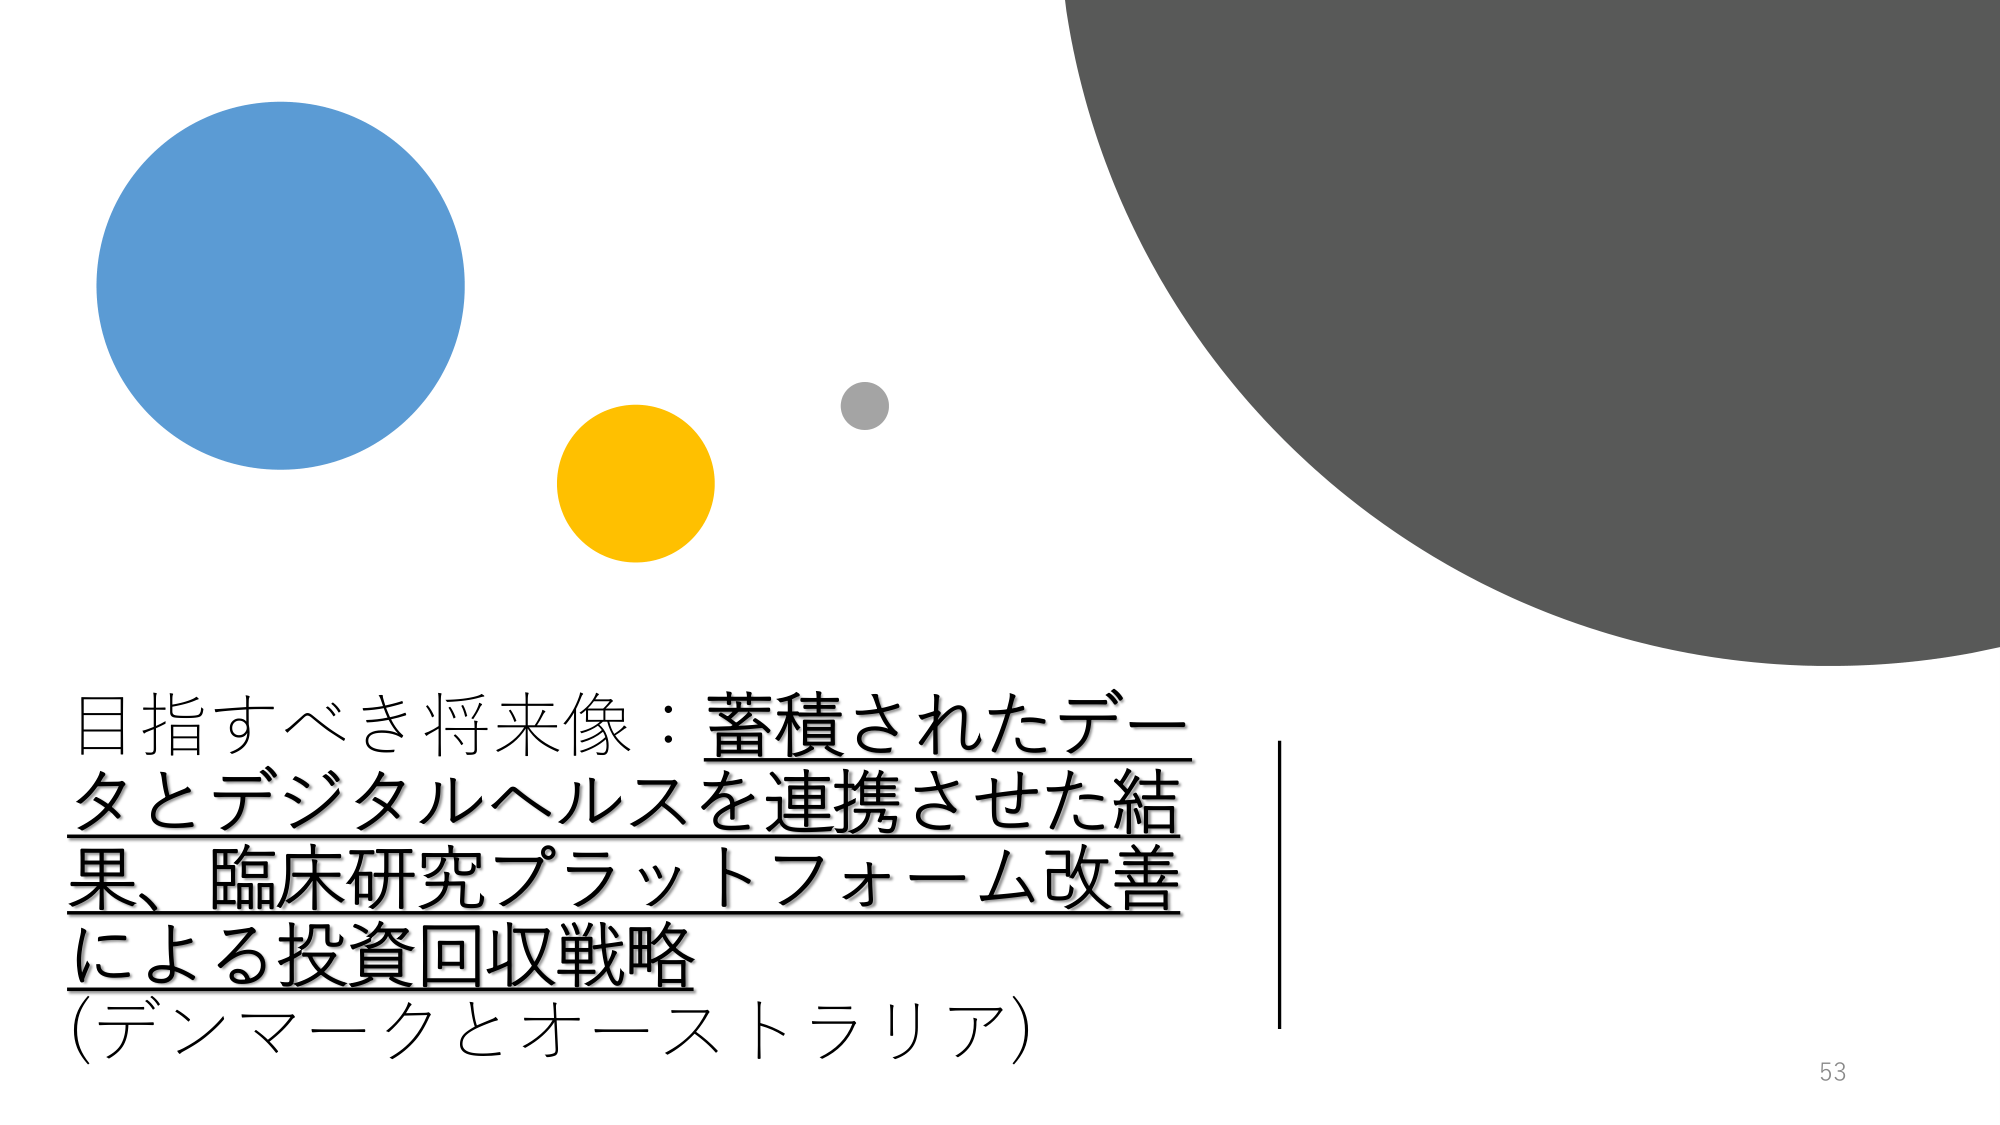
目指すべき将来像：蓄積されたデータとデジタルヘルスを連携させた結果、臨床研究プラットフォーム改善による投資回収戦略
(デンマークとオーストラリア)
53